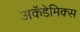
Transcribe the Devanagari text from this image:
अकॅडेमिक्स